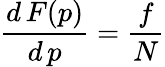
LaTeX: \frac{d\, F(p)}{d\, p}=\frac{f}{N}